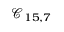
\mathcal { C } _ { 1 5 , 7 }